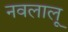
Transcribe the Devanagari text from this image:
नवलालू